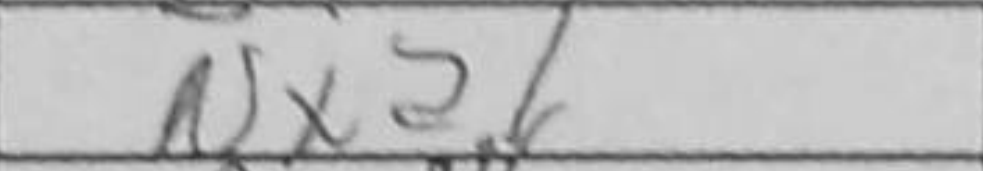
Transcription: Nxa1